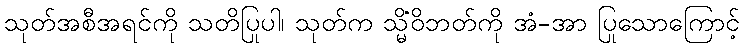
သုတ်အစီအရင်ကို သတိပြုပါ၊ သုတ်က သ္မိံဝိဘတ်ကို အံ-အာ ပြုသောကြောင့်